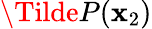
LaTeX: \Tilde{P}(\mathbf{x}_{2})